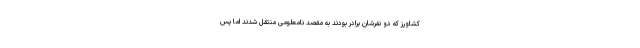
کشاورز که دو نفرشان برادر بودند به مقصد نامعلومی منتقل شدند اما پس